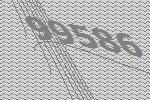
99586